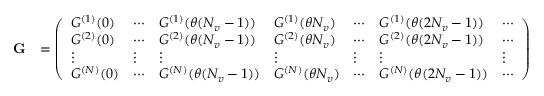
\begin{array} { r l } { { \bf G } } & { = \left( \begin{array} { l l l l l l l } { G ^ { ( 1 ) } ( 0 ) } & { \cdots } & { G ^ { ( 1 ) } ( \theta ( N _ { v } - 1 ) ) } & { G ^ { ( 1 ) } ( \theta N _ { v } ) } & { \cdots } & { G ^ { ( 1 ) } ( \theta ( 2 N _ { v } - 1 ) ) } & { \cdots } \\ { G ^ { ( 2 ) } ( 0 ) } & { \cdots } & { G ^ { ( 2 ) } ( \theta ( N _ { v } - 1 ) ) } & { G ^ { ( 2 ) } ( \theta N _ { v } ) } & { \cdots } & { G ^ { ( 2 ) } ( \theta ( 2 N _ { v } - 1 ) ) } & { \cdots } \\ { \vdots } & { \vdots } & { \vdots } & { \vdots } & { \vdots } & { \vdots } & { \vdots } \\ { G ^ { ( N ) } ( 0 ) } & { \cdots } & { G ^ { ( N ) } ( \theta ( N _ { v } - 1 ) ) } & { G ^ { ( N ) } ( \theta N _ { v } ) } & { \cdots } & { G ^ { ( N ) } ( \theta ( 2 N _ { v } - 1 ) ) } & { \cdots } \end{array} \right) } \end{array}